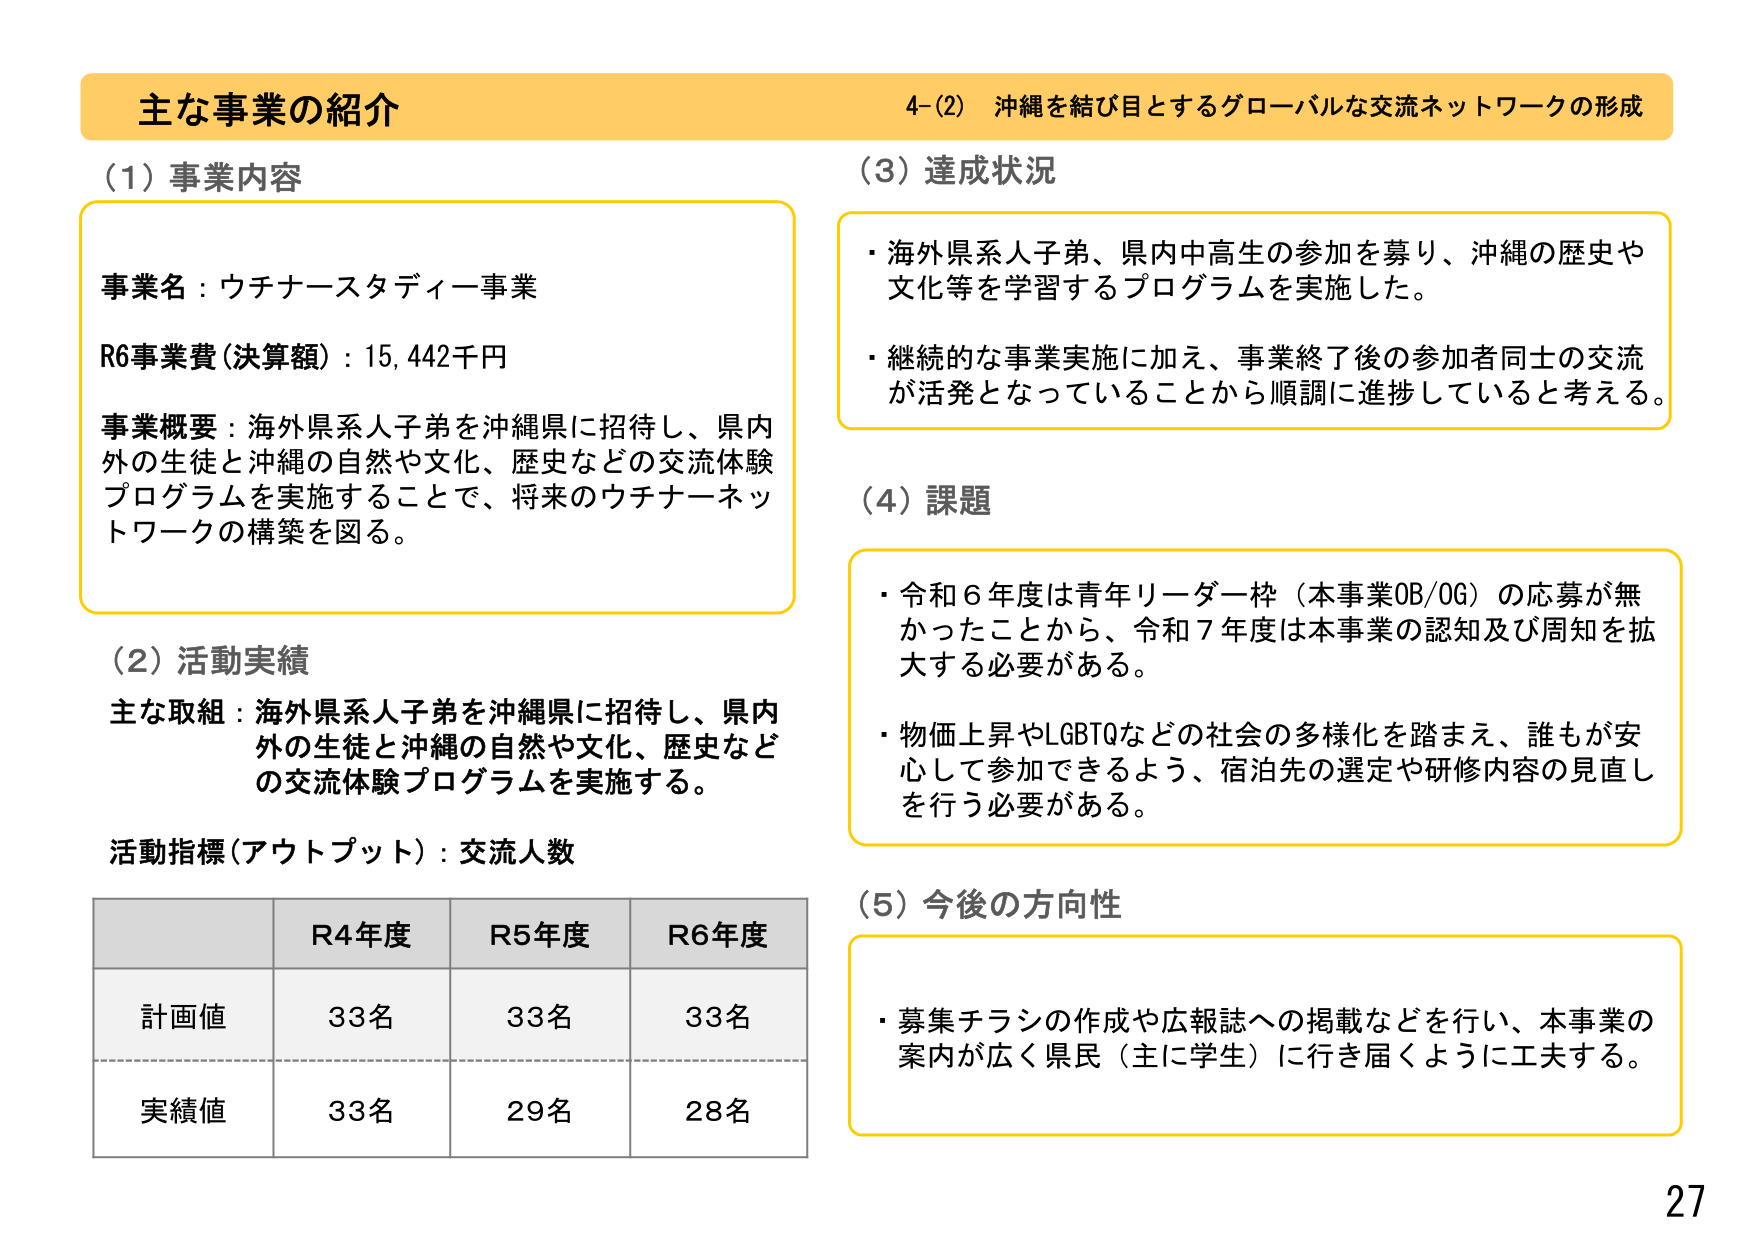
主な事業の紹介
4-(2) 沖縄を結び目とするグローバルな交流ネットワークの形成

(1) 事業内容
事業名：ウチナースタディー事業
R6事業費（決算額）：15,442千円
事業概要：海外県系人子弟を沖縄県に招待し、県内外の生徒と沖縄の自然や文化、歴史などの交流体験プログラムを実施することで、将来のウチナーネットワークの構築を図る。

(2) 活動実績
主な取組：海外県系人子弟を沖縄県に招待し、県内外の生徒と沖縄の自然や文化、歴史などの交流体験プログラムを実施する。
活動指標（アウトプット）：交流人数

R4年度 R5年度 R6年度
計画値 33名 33名 33名
実績値 33名 29名 28名

(3) 達成状況
・海外県系人子弟、県内中高生の参加を募り、沖縄の歴史や文化等を学習するプログラムを実施した。
・継続的な事業実施に加え、事業終了後の参加者同士の交流が活発となっていることから順調に進捗していると考える。

(4) 課題
・令和6年度は青年リーダー枠（本事業OB/OG）の応募が無かったことから、令和7年度は本事業の認知及び周知を拡大する必要がある。
・物価上昇やLGBTQなどの社会の多様化を踏まえ、誰もが安心して参加できるよう、宿泊先の選定や研修内容の見直しを行う必要がある。

(5) 今後の方向性
・募集チラシの作成や広報誌への掲載などを行い、本事業の案内が広く県民（主に学生）に行き届くように工夫する。

27